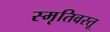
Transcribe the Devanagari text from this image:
स्मृतिवस्तू